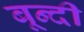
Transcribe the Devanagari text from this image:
बून्‍दी